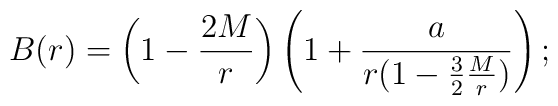
B(r) = \left(1-{2M\over r}\right)\left(1+{a\over r(1-{3\over2}{M\over r})}\right);